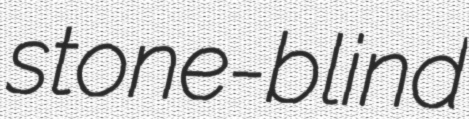
stone-blind